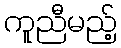
ကူညီမည့်